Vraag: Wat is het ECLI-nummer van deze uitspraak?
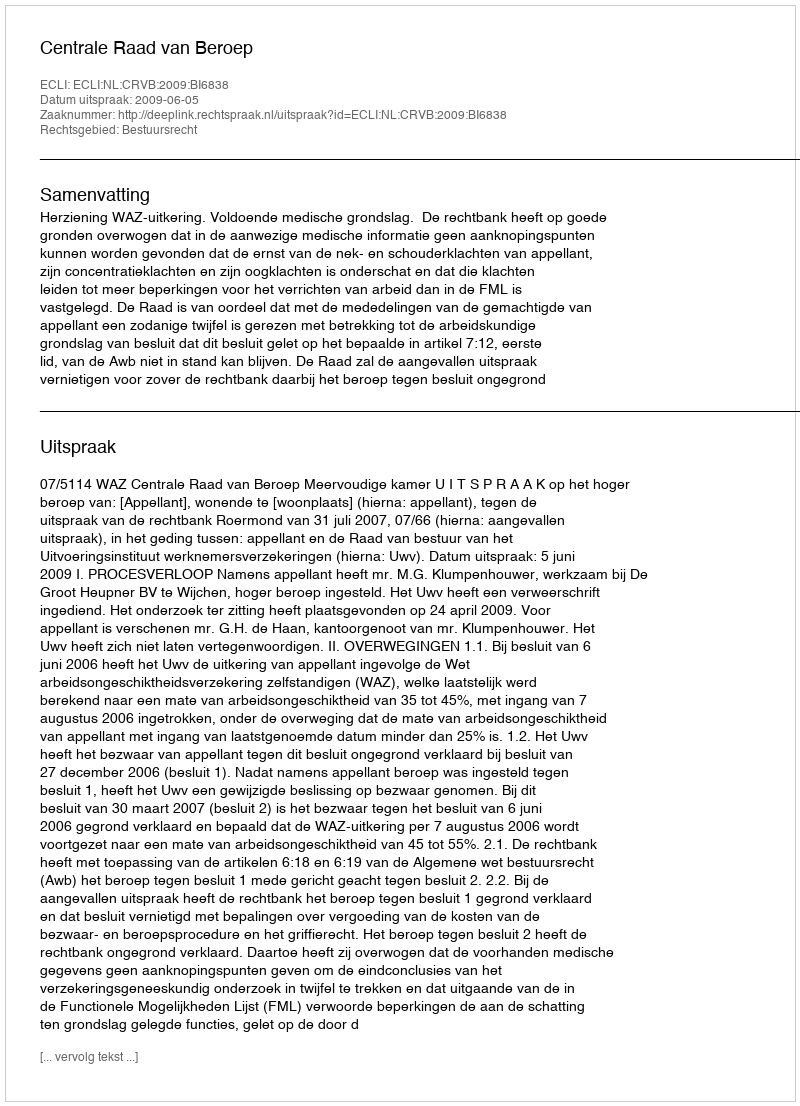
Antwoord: ECLI:NL:CRVB:2009:BI6838